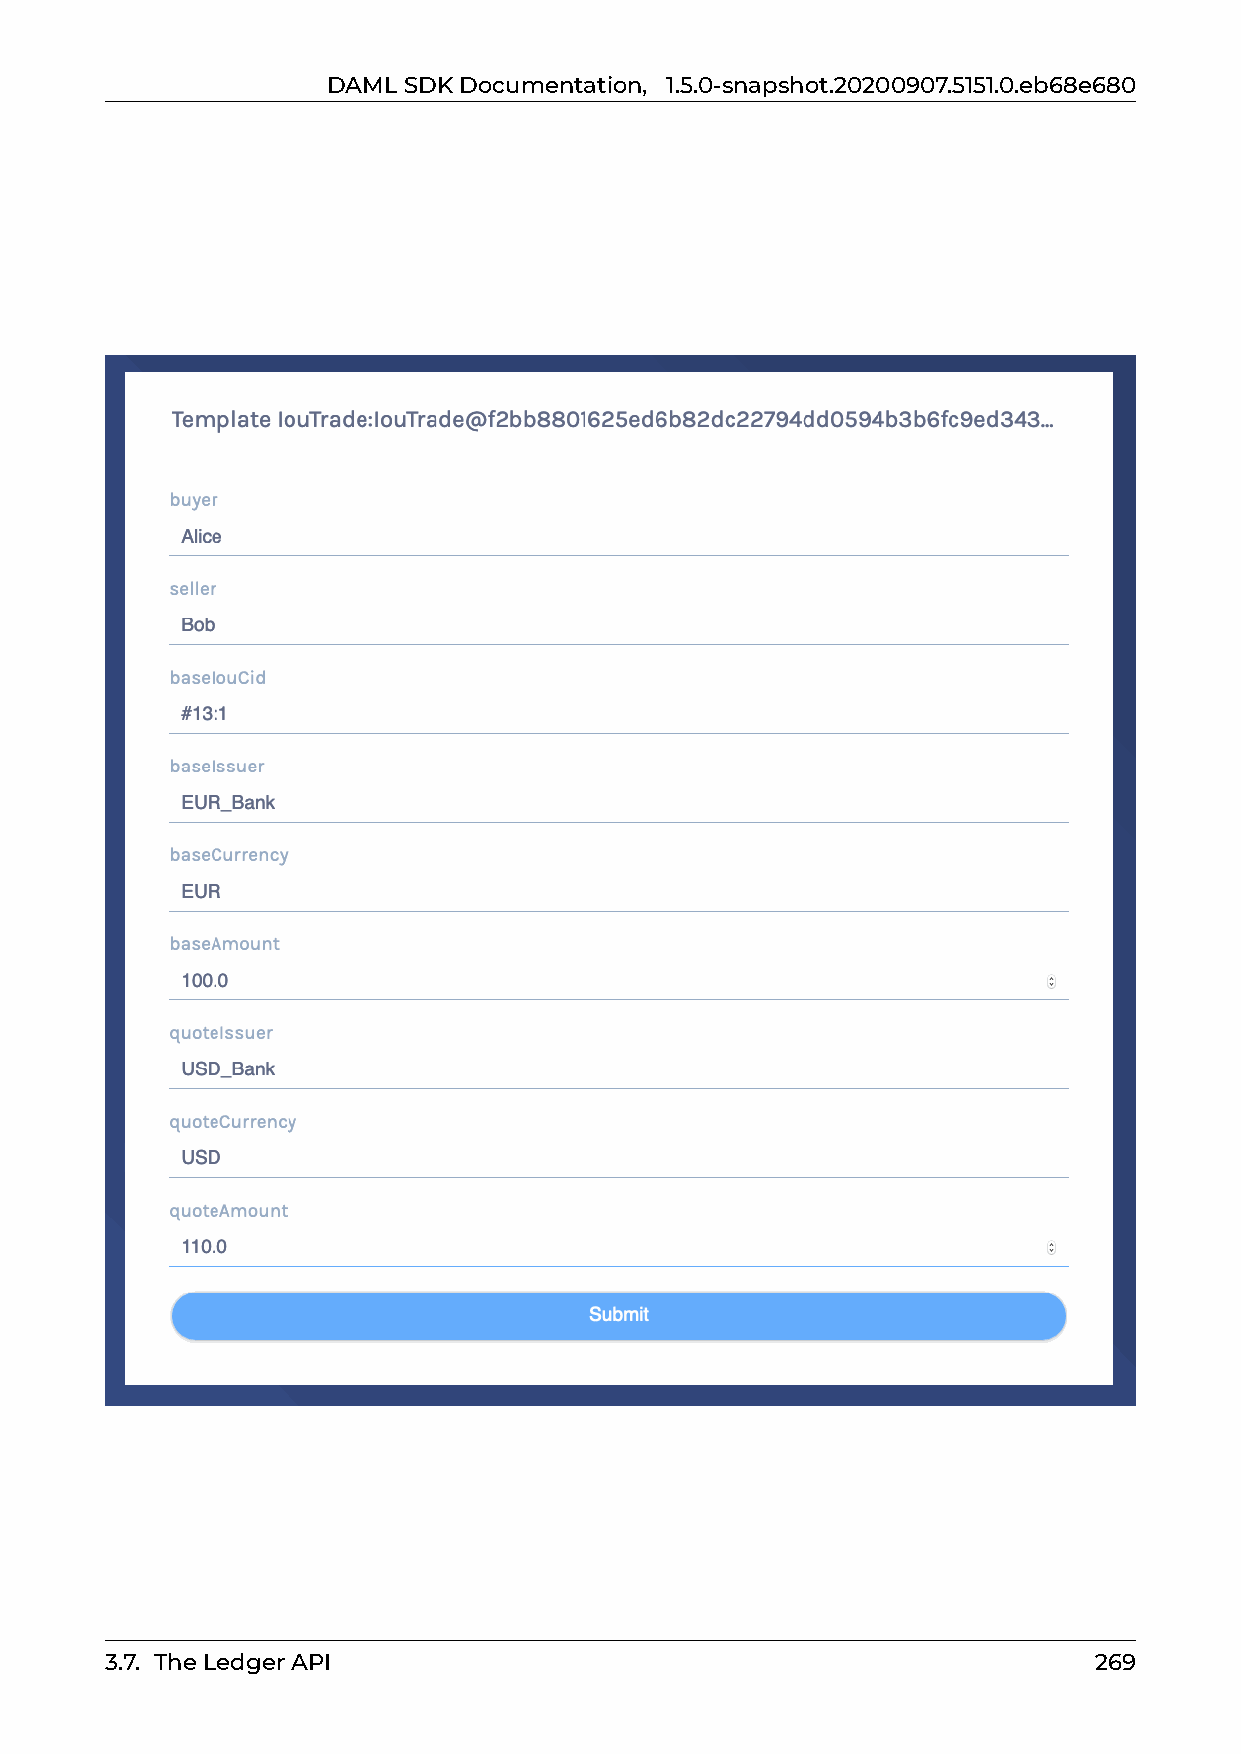
DAMLSDKDocumentation, 1.5.0-snapshot.20200907.5151.0.eb68e680
 3.7. TheLedgerAPI                                                269